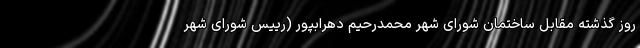
روز گذشته مقابل ساختمان شورای شهر محمدرحیم دهرابپور (رییس شورای شهر